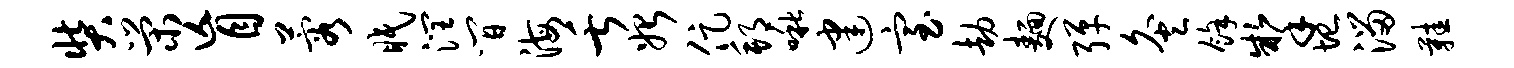
奘荣盲蓉眠润间海舌始促邦啾建室劫面弹灸余掣圮溜鞋